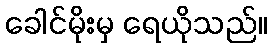
ခေါင်မိုးမှ ရေယိုသည်။